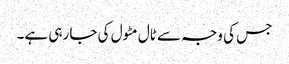
جس کی وجہ سے ٹال مٹول کی جا رہی ہے۔